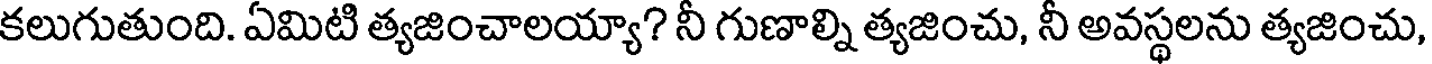
కలుగుతుంది. ఏమిటి త్యజించాలయ్యా? నీ గుణాల్ని త్యజించు, నీ అవస్థలను త్యజించు,